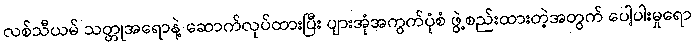
လစ်သီယမ် သတ္တုအရောနဲ့ ဆောက်လုပ်ထားပြီး ပျားအုံအကွက်ပုံစံ ဖွဲ့စည်းထားတဲ့အတွက် ပေါ့ပါးမှုရော